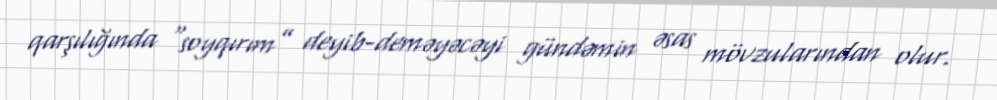
qarşılığında “soyqırım” deyib-deməyəcəyi gündəmin əsas mövzularından olur.